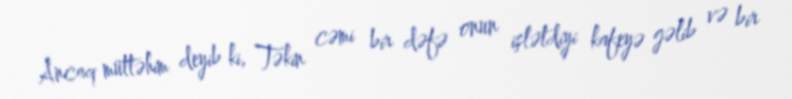
Ancaq müttəhim deyib ki, Təkin cəmi bir dəfə onun işlətdiyi kafeyə gəlib və bir